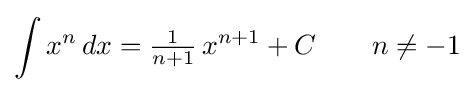
\int x^{n}\,dx={\tfrac {1}{n+1}}\,x^{n+1}+C\qquad n\neq -1